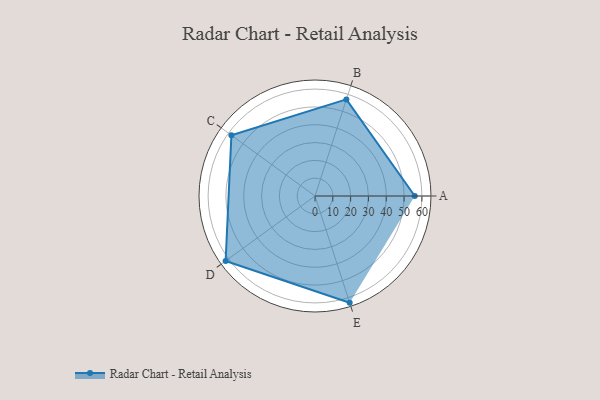
{"axis": {"x": "Skill", "y": "Score"}, "legend": ["Profile"], "data": [{"x": "A", "y": 56.0, "type": "Profile"}, {"x": "B", "y": 57.0, "type": "Profile"}, {"x": "C", "y": 58.0, "type": "Profile"}, {"x": "D", "y": 62.0, "type": "Profile"}, {"x": "E", "y": 63.0, "type": "Profile"}]}